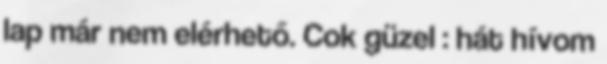
lap már nem elérhető. Cok güzel : hát hívom